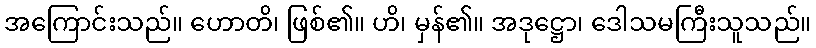
အကြောင်းသည်။ ဟောတိ၊ ဖြစ်၏။ ဟိ၊ မှန်၏။ အဒုဋ္ဌော၊ ဒေါသမကြီးသူသည်။